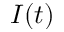
I ( t )